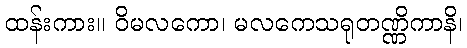
ထန်းကား။ ဝိမလကော၊ မလကေသရုတဏ္ဏိကာနိ၊